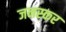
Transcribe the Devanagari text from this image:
जनस्‍कर